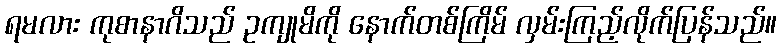
ရမလား ကုစာနာဂိသည် ဥကျုမိကို နောက်တစ်ကြိမ် လှမ်းကြည့်လိုက်ပြန်သည်။